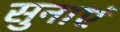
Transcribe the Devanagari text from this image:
सुनाएं